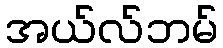
အယ်လ်ဘမ်